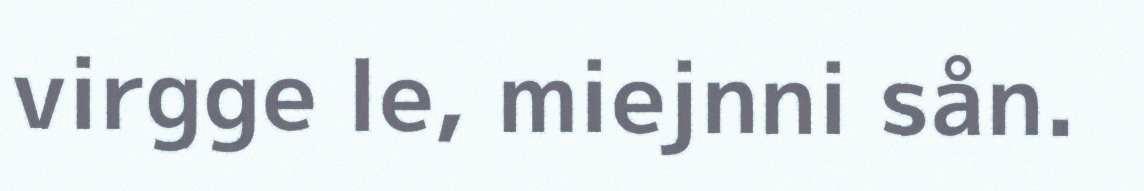
virgge le, miejnni sån.